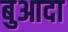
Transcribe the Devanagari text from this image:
बुआदा